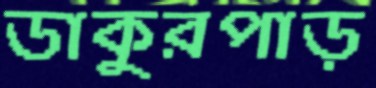
ডাকুরপাড়